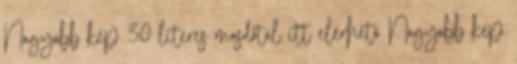
Nagyobb kép 30 literes mosdótál itt elérhető Nagyobb kép